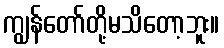
ကျွန်တော်တို့မသိတော့ဘူး။